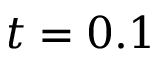
t = 0 . 1